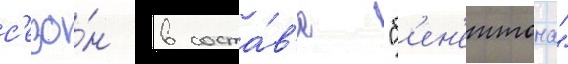
с'езо́н в соста́в'е "б'ен'еттона"